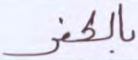
بالكفر